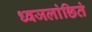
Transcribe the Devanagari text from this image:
ध्वजलांछितं